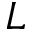
L